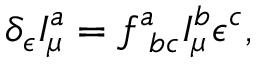
\delta _ { \epsilon } I _ { \mu } ^ { a } = f _ { \ b c } ^ { a } I _ { \mu } ^ { b } \epsilon ^ { c } ,